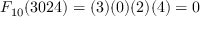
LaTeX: F _ { 1 0 } ( 3 0 2 4 ) = ( 3 ) ( 0 ) ( 2 ) ( 4 ) = 0